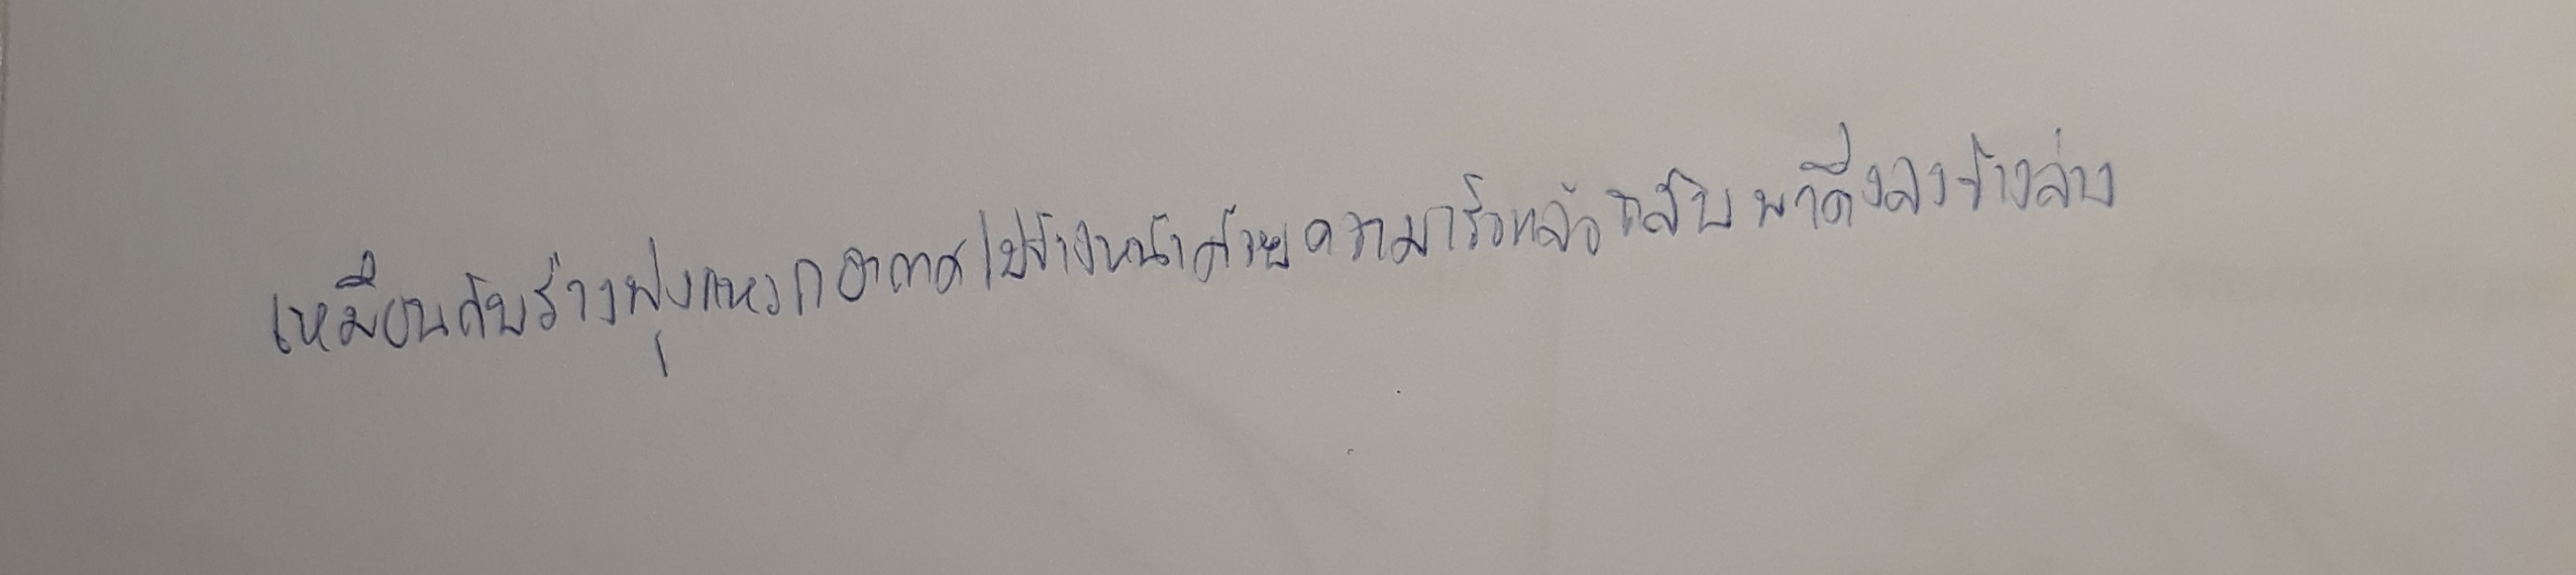
เหมือนกับร่างพุ่งแหวกอากาศไปข้างหน้าด้วยความเร็วแล้วกลับพาดิ่งลงข้างล่าง